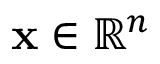
\mathbf { x } \in \mathbb { R } ^ { n }